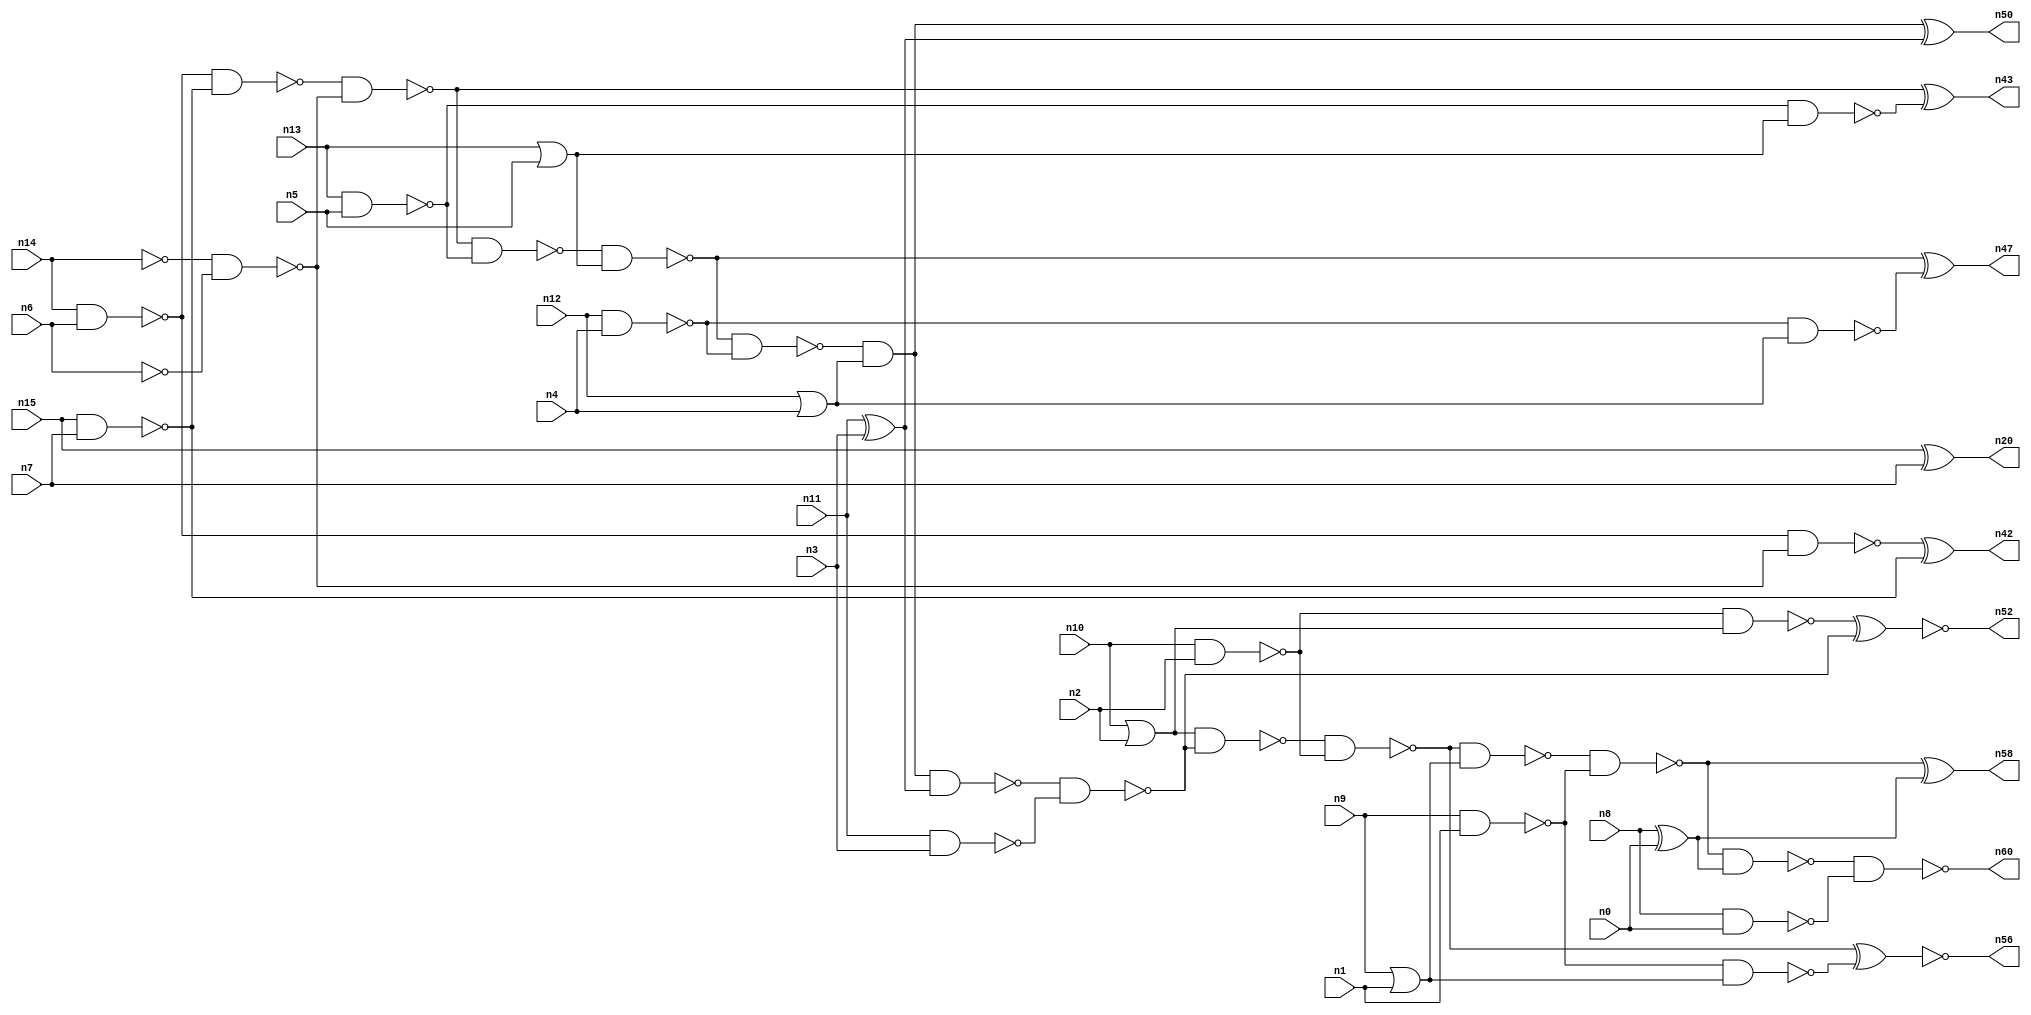
// This program was cloned from: https://github.com/umar-afzaal/ReCkt
// License: MIT License

// This file contains a pareto-optimal circuit with respect to area and the fault-resilince parameter p_fault which is defined as:
// "For all input vectors, the ratio of the no. of faults observable at the POs to the no. of total possible faults in the circuit".
// This code is part of the ReCkt library (https://github.com/umar-afzaal/ReCkt) distributed under The MIT License.
// When used, please cite the following article(s):
// U. Afzaal, A.S. Hassan, M. Usman and J.A. Lee, "On the Evolutionary Synthesis of Increased Fault-resilience Arithmetic Circuits".

// p_fault = 97.0 %    (Lower is better)
// gates = 45.0
// levels = 15
// area = 55.64    (For MCNC library relative to nand2)
// power = 282.2 uW    (Berkely-SIS for MCNC library @ Vdd=5V and 20 MHz clock)
// delay = 15.9 ns    (Berkely-ABC for MCNC library)
// PDP = 4.48698e-12 J

// Pin mapping:
// {n0, n1, n2, n3, n4, n5, n6, n7} = A[7:0]
// {n8, n9, n10, n11, n12, n13, n14, n15} = B[7:0]
// {n60, n58, n56, n52, n50, n47, n43, n42, n20} = O[8:0]

module addr8u_area_20 (
n0, n1, n2, n3, n4, n5, n6, n7, n8, n9, n10, n11, n12, n13, n14, n15, 
n60, n58, n56, n52, n50, n47, n43, n42, n20
);

input n0, n1, n2, n3, n4, n5, n6, n7, n8, n9, n10, n11, n12, n13, n14, n15;
output n60, n58, n56, n52, n50, n47, n43, n42, n20;
wire n30, n24, n46, n18, n49, n17, n59, n51, n45, n36, n37, n23, n16, n53, n40, n48, n21, n25, n41, n54, 
n27, n33, n28, n22, n38, n39, n57, n31, n19, n44, n34, n32, n26, n29, n35, n55;

nand (n16, n13, n5);
nand (n17, n8, n0);
or (n18, n12, n4);
nand (n19, n6, n6);
xor (n20, n15, n7);
nand (n21, n14, n14);
or (n22, n13, n5);
nand (n23, n9, n1);
nand (n24, n12, n4);
xor (n25, n11, n3);
or (n26, n10, n2);
nor (n27, n9, n1);
nand (n28, n14, n6);
nand (n29, n15, n7);
nand (n30, n10, n2);
nand (n31, n11, n3);
xor (n32, n8, n0);
nand (n33, n27, n27);
nand (n34, n28, n29);
nand (n35, n21, n19);
nand (n36, n16, n22);
nand (n37, n24, n18);
nand (n38, n30, n26);
nand (n39, n34, n35);
nand (n40, n23, n33);
nand (n41, n28, n35);
xor (n42, n41, n29);
xor (n43, n39, n36);
nand (n44, n39, n16);
nand (n45, n44, n22);
nand (n46, n45, n24);
xor (n47, n45, n37);
and (n48, n46, n18);
nand (n49, n48, n25);
xor (n50, n48, n25);
nand (n51, n49, n31);
xnor (n52, n38, n51);
nand (n53, n26, n51);
nand (n54, n53, n30);
nand (n55, n54, n33);
xnor (n56, n54, n40);
nand (n57, n55, n23);
xor (n58, n57, n32);
nand (n59, n57, n32);
nand (n60, n59, n17);

endmodule